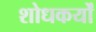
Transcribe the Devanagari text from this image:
शोधकर्यों